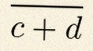
\frac{a+b}{c+d}